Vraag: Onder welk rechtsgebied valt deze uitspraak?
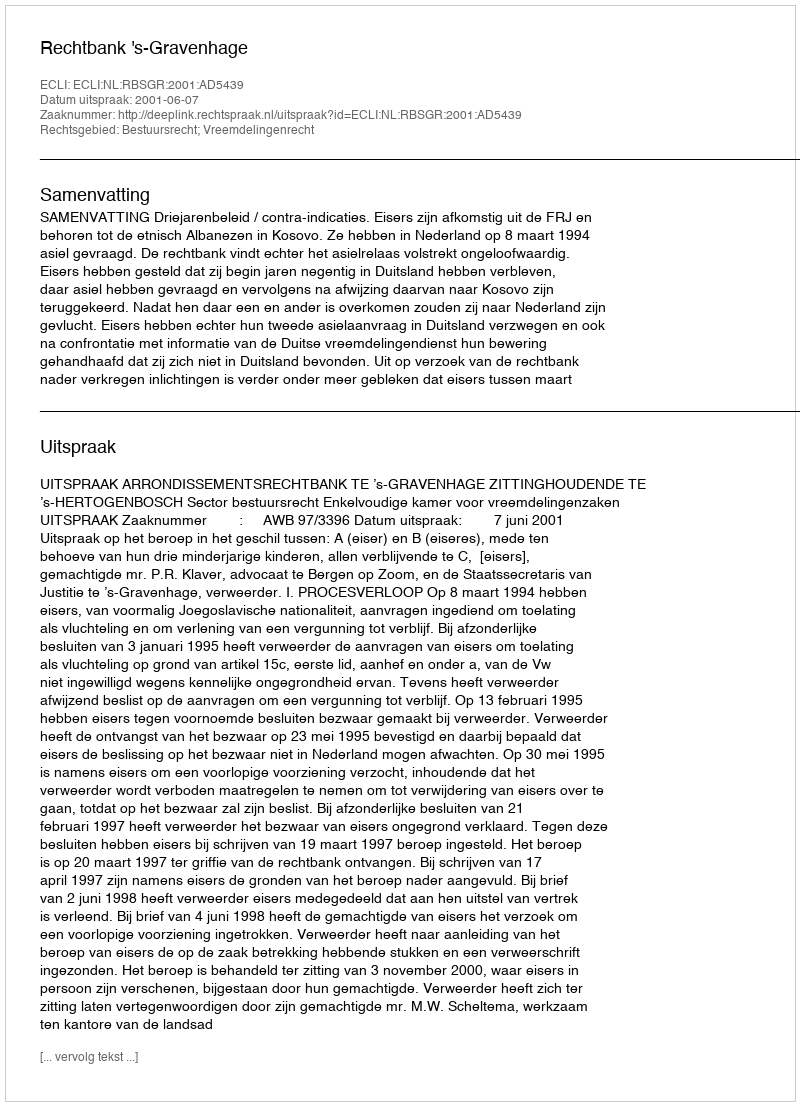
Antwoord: Bestuursrecht; Vreemdelingenrecht